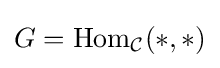
G=\mathrm {Hom} _{\mathcal {C}}(*,*)